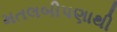
મતલબીપણાથી